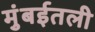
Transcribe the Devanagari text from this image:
मुंबईतली